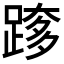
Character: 𮛰